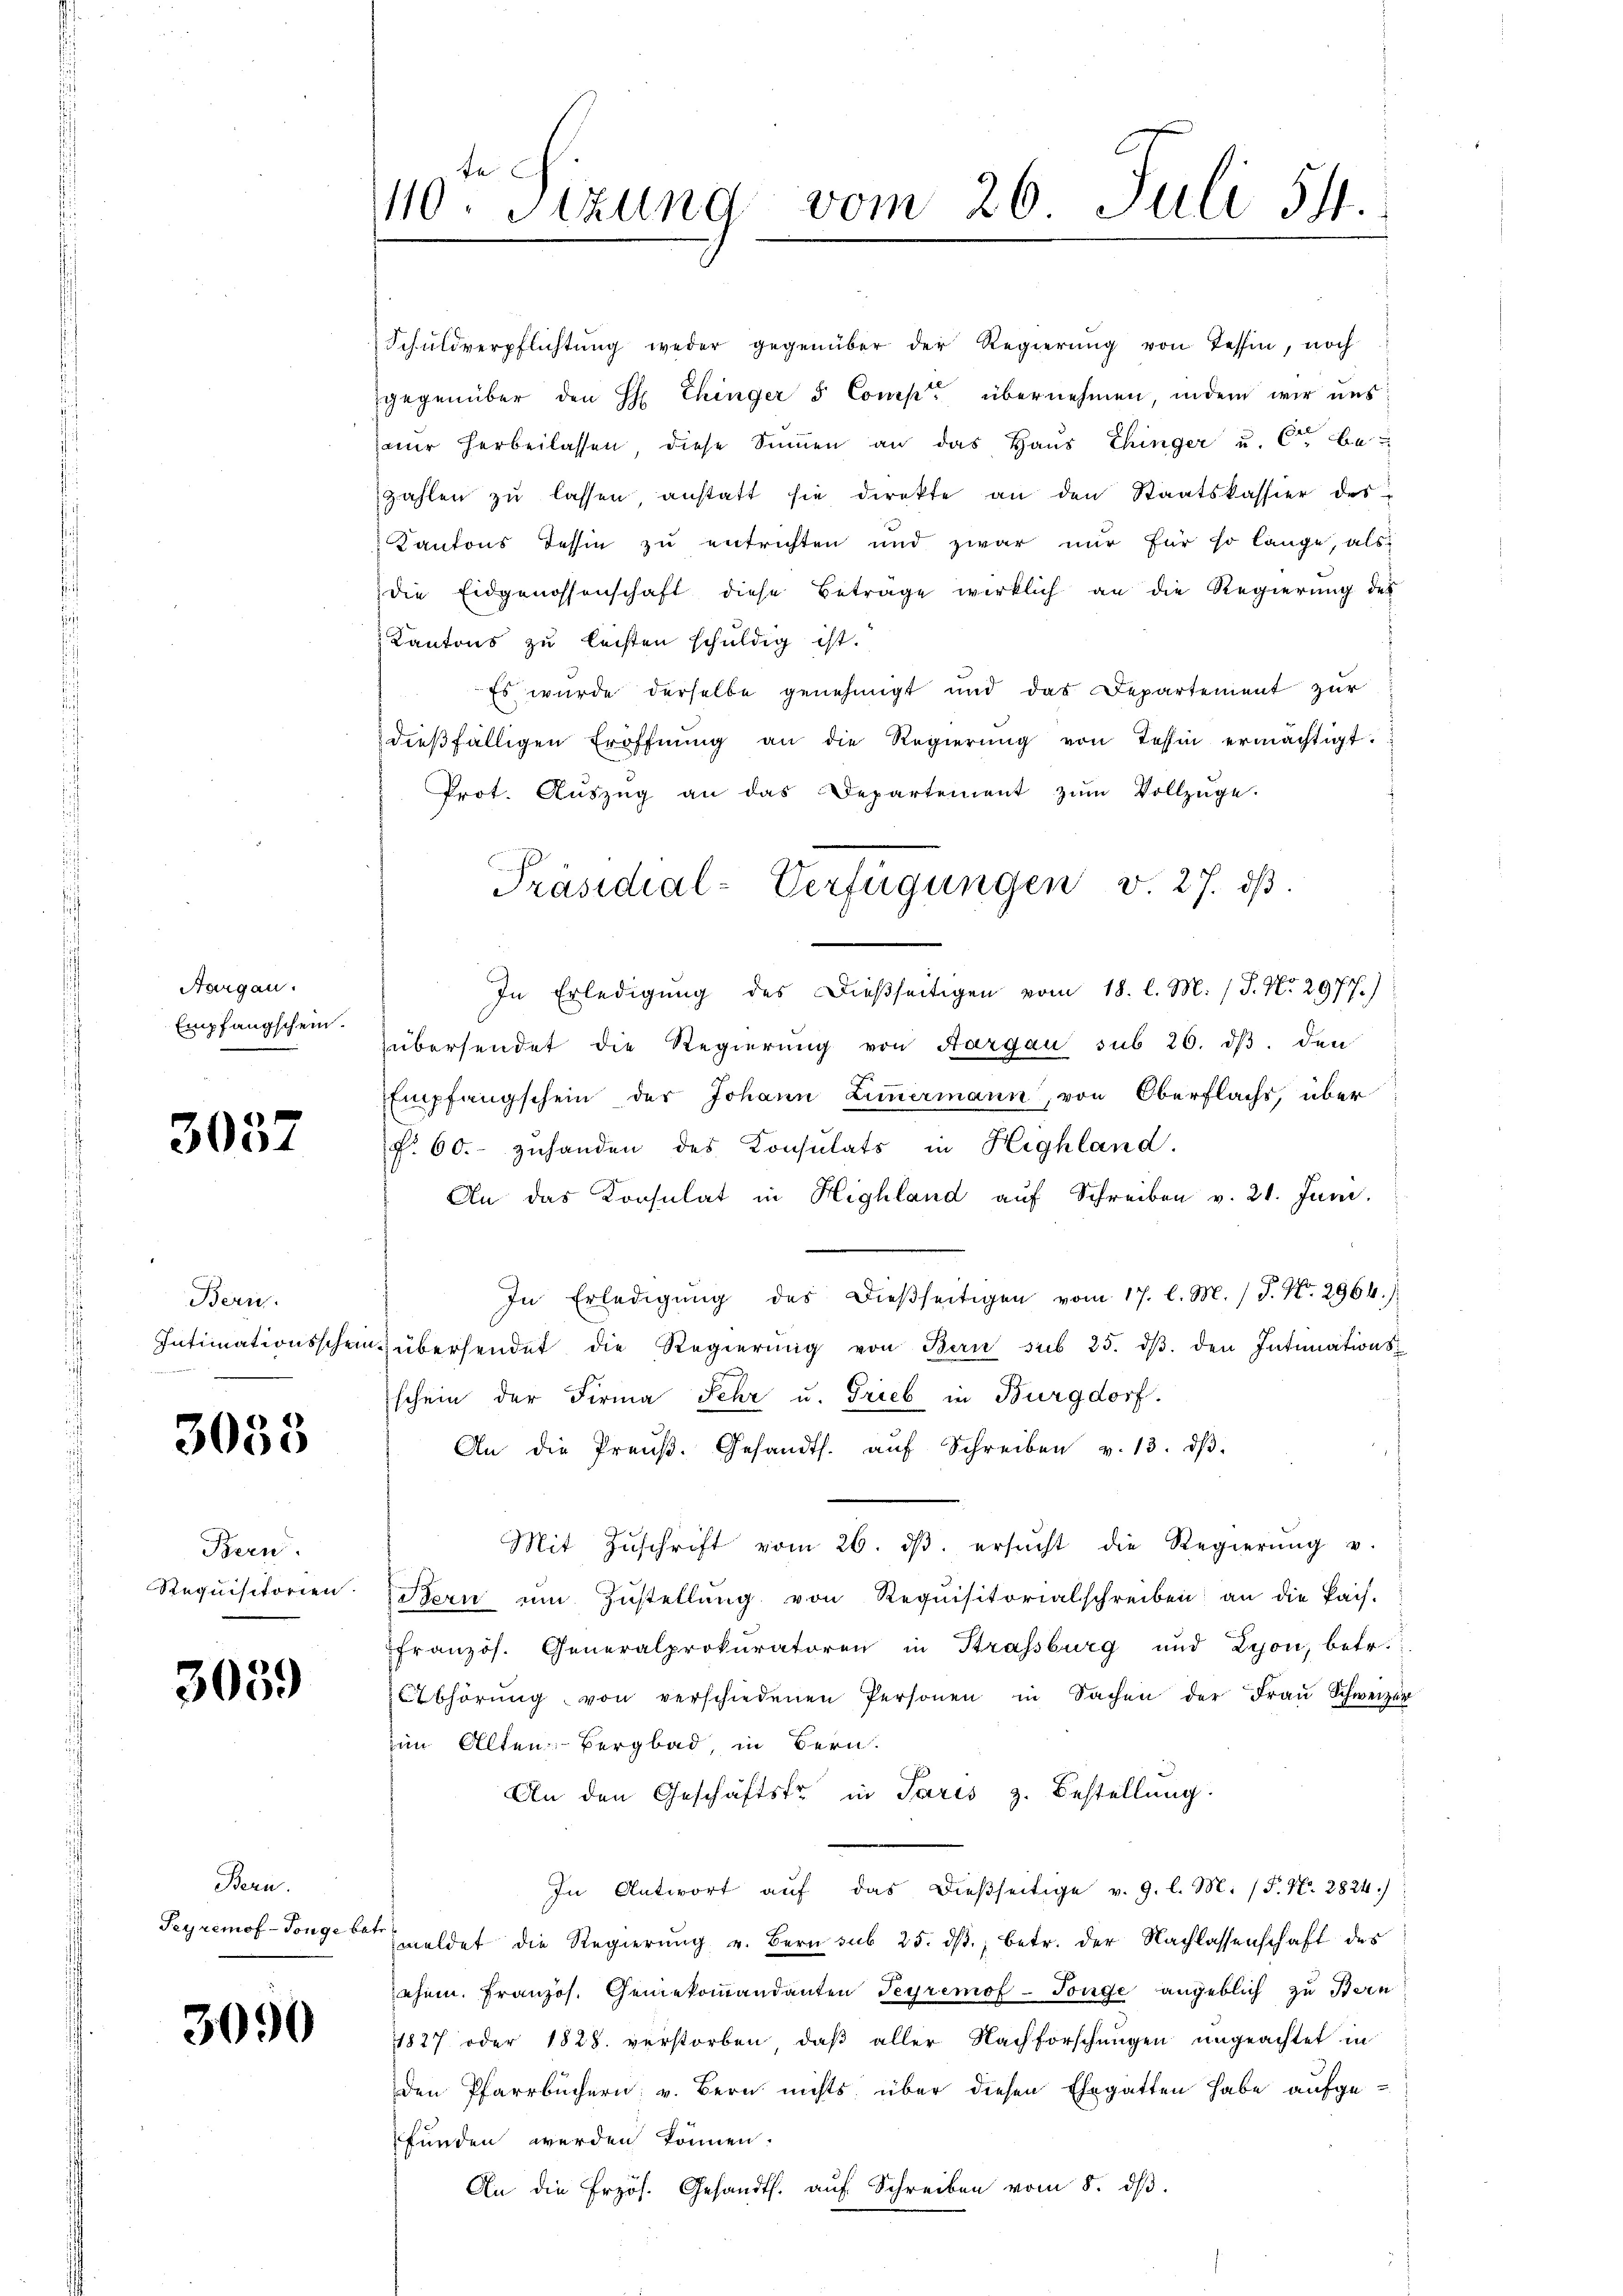
Aargau.
Empfangschein.

3057

Bern.
2

3058

Bern.

3059

Bern.

3090

te
110. Sitzung vom 26. Juli 511.

Schuldverpflichtŭng weder gegenüber der Regierŭng von Tessin, noch
gegenüber den H: Chinger 5 Comp. übernehmen, indem wir uns
ar herbeilassen, diese Sinnen an das Haus Thinger u. 6ten be
zahlen zu lassen, anstatt sie direkte an den Staatskassier des
Kantons Tessin zu entrichten und zwar nur für so lange, als
die Eidgenossenschaft diese Beträge wirklich an die Regierung des
Kantons zu leisten schuldig ist.
Es wurde derselbe genehmigt und das Departement zur
dieβfälligen Eröffnŭng an die Regierŭng von Tessin ermächtigt.
Prot. Aŭszŭg an das Departement zŭm Vollzüge.
In Erledigung des Dießseitigen vom 18. l. M. (T. No. 2977.)
zübersendet die Regierung von Aargau sub 26. dβ. den
Empfangschein der Johann Zimmermann, von Oberflachs, über
f. 60. zuhanden des Konsulats in Highland.
An das Konsulat in Highland aŭf Schreiben v. 21. Juni.
In Erledigŭng des dießseitigen vom 17. l. M. (T. No. 2964.)
Intimationsschein übersendet die Regierŭng von Bern sub 25. dβ. den Intimationsschein der Firma Sehr u. Grieb in Burgdorf.
An die Preŭβ. Gesandts. aŭf Schreiben v. 13. dβ.
Mit Zŭschrift vom 26. dβ ersŭcht die Regierŭng u.
Requisitorien Stern ŭm Zŭstellŭng von Requisitorialschreiben an die Pais-
französ. Generalprokuratoren in Strassburg und Lyon, betr.
Abhörŭng von verschiedenen Personen in Sachen der Fraŭ Schweizer
im Alten Bergbad, in Bern.
An den Geschäftsfr in Paris z. Bestellung
In Antwort aŭf das dießseitige v. 9. l. M. (T. N. 2824.)
Seyremof-Tongebet eldet die Regierŭng u. Bern sub 25. dβ, betr. der Nachlassenschaft des
ehem. Französ. Genekoṁandanten Teyremof-Tonge angeblich zu Bern
1827 oder 1828. verstorben, daß aller Nachforschungen ungeachtet in
den Pfarrbüchern v. Bern nichts über diesen Ehegatten habe aufgefunden werden können.
An die frzös. Gesandts. aŭf Schreiben vom 8. dβ.

Präsidial-Verfügungen v. 27. ds.